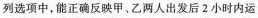
列选项中，能正确反映甲、乙两人出发后2小时内运